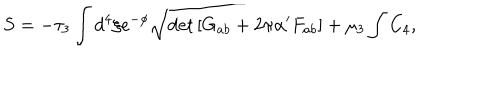
S = - \tau _ { 3 } \int d ^ { 4 } \xi e ^ { - \phi } \sqrt { \det \left[ G _ { a b } + 2 \pi \alpha ^ { \prime } F _ { a b } \right] } + \mu _ { 3 } \int C _ { 4 } ,